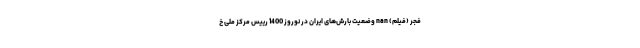
فجر (فیلم) nan وضعیت بارش‌های ایران در نوروز 1400 رییس مرکز ملی خ